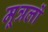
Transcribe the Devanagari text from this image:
मूत्रलों